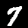
Digit: 7